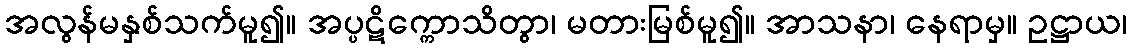
အလွန်မနှစ်သက်မူ၍။ အပ္ပဋိက္ကောသိတွာ၊ မတားမြစ်မူ၍။ အာသနာ၊ နေရာမှ။ ဥဋ္ဌာယ၊